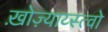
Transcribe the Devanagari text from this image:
ख़ोज़्याय्स्त्वो